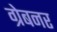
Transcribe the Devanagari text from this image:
ग्रेबनर